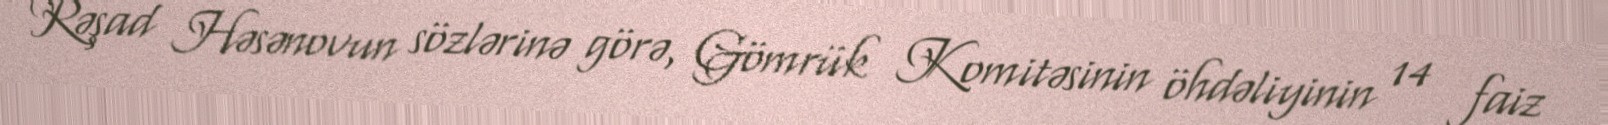
Rəşad Həsənovun sözlərinə görə, Gömrük Komitəsinin öhdəliyinin 14 faiz